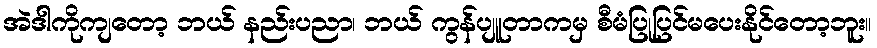
အဲဒါကိုကျတော့ ဘယ် နည်းပညာ၊ ဘယ် ကွန်ပျူတာကမှ စီမံပြုပြင်မပေးနိုင်တော့ဘူး။